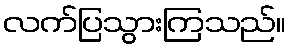
လက်ပြသွားကြသည်။